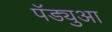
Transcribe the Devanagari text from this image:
पॅड्युआ